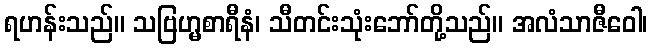
ရဟန်းသည်။ သဗြဟ္မစာရီနံ၊ သီတင်းသုံးဘော်တို့သည်။ အလံသာဇီဝေါ၊